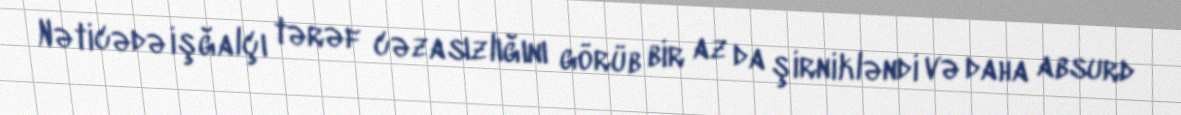
Nəticədə işğalçı tərəf cəzasızlığını görüb bir az da şirnikləndi və daha absurd